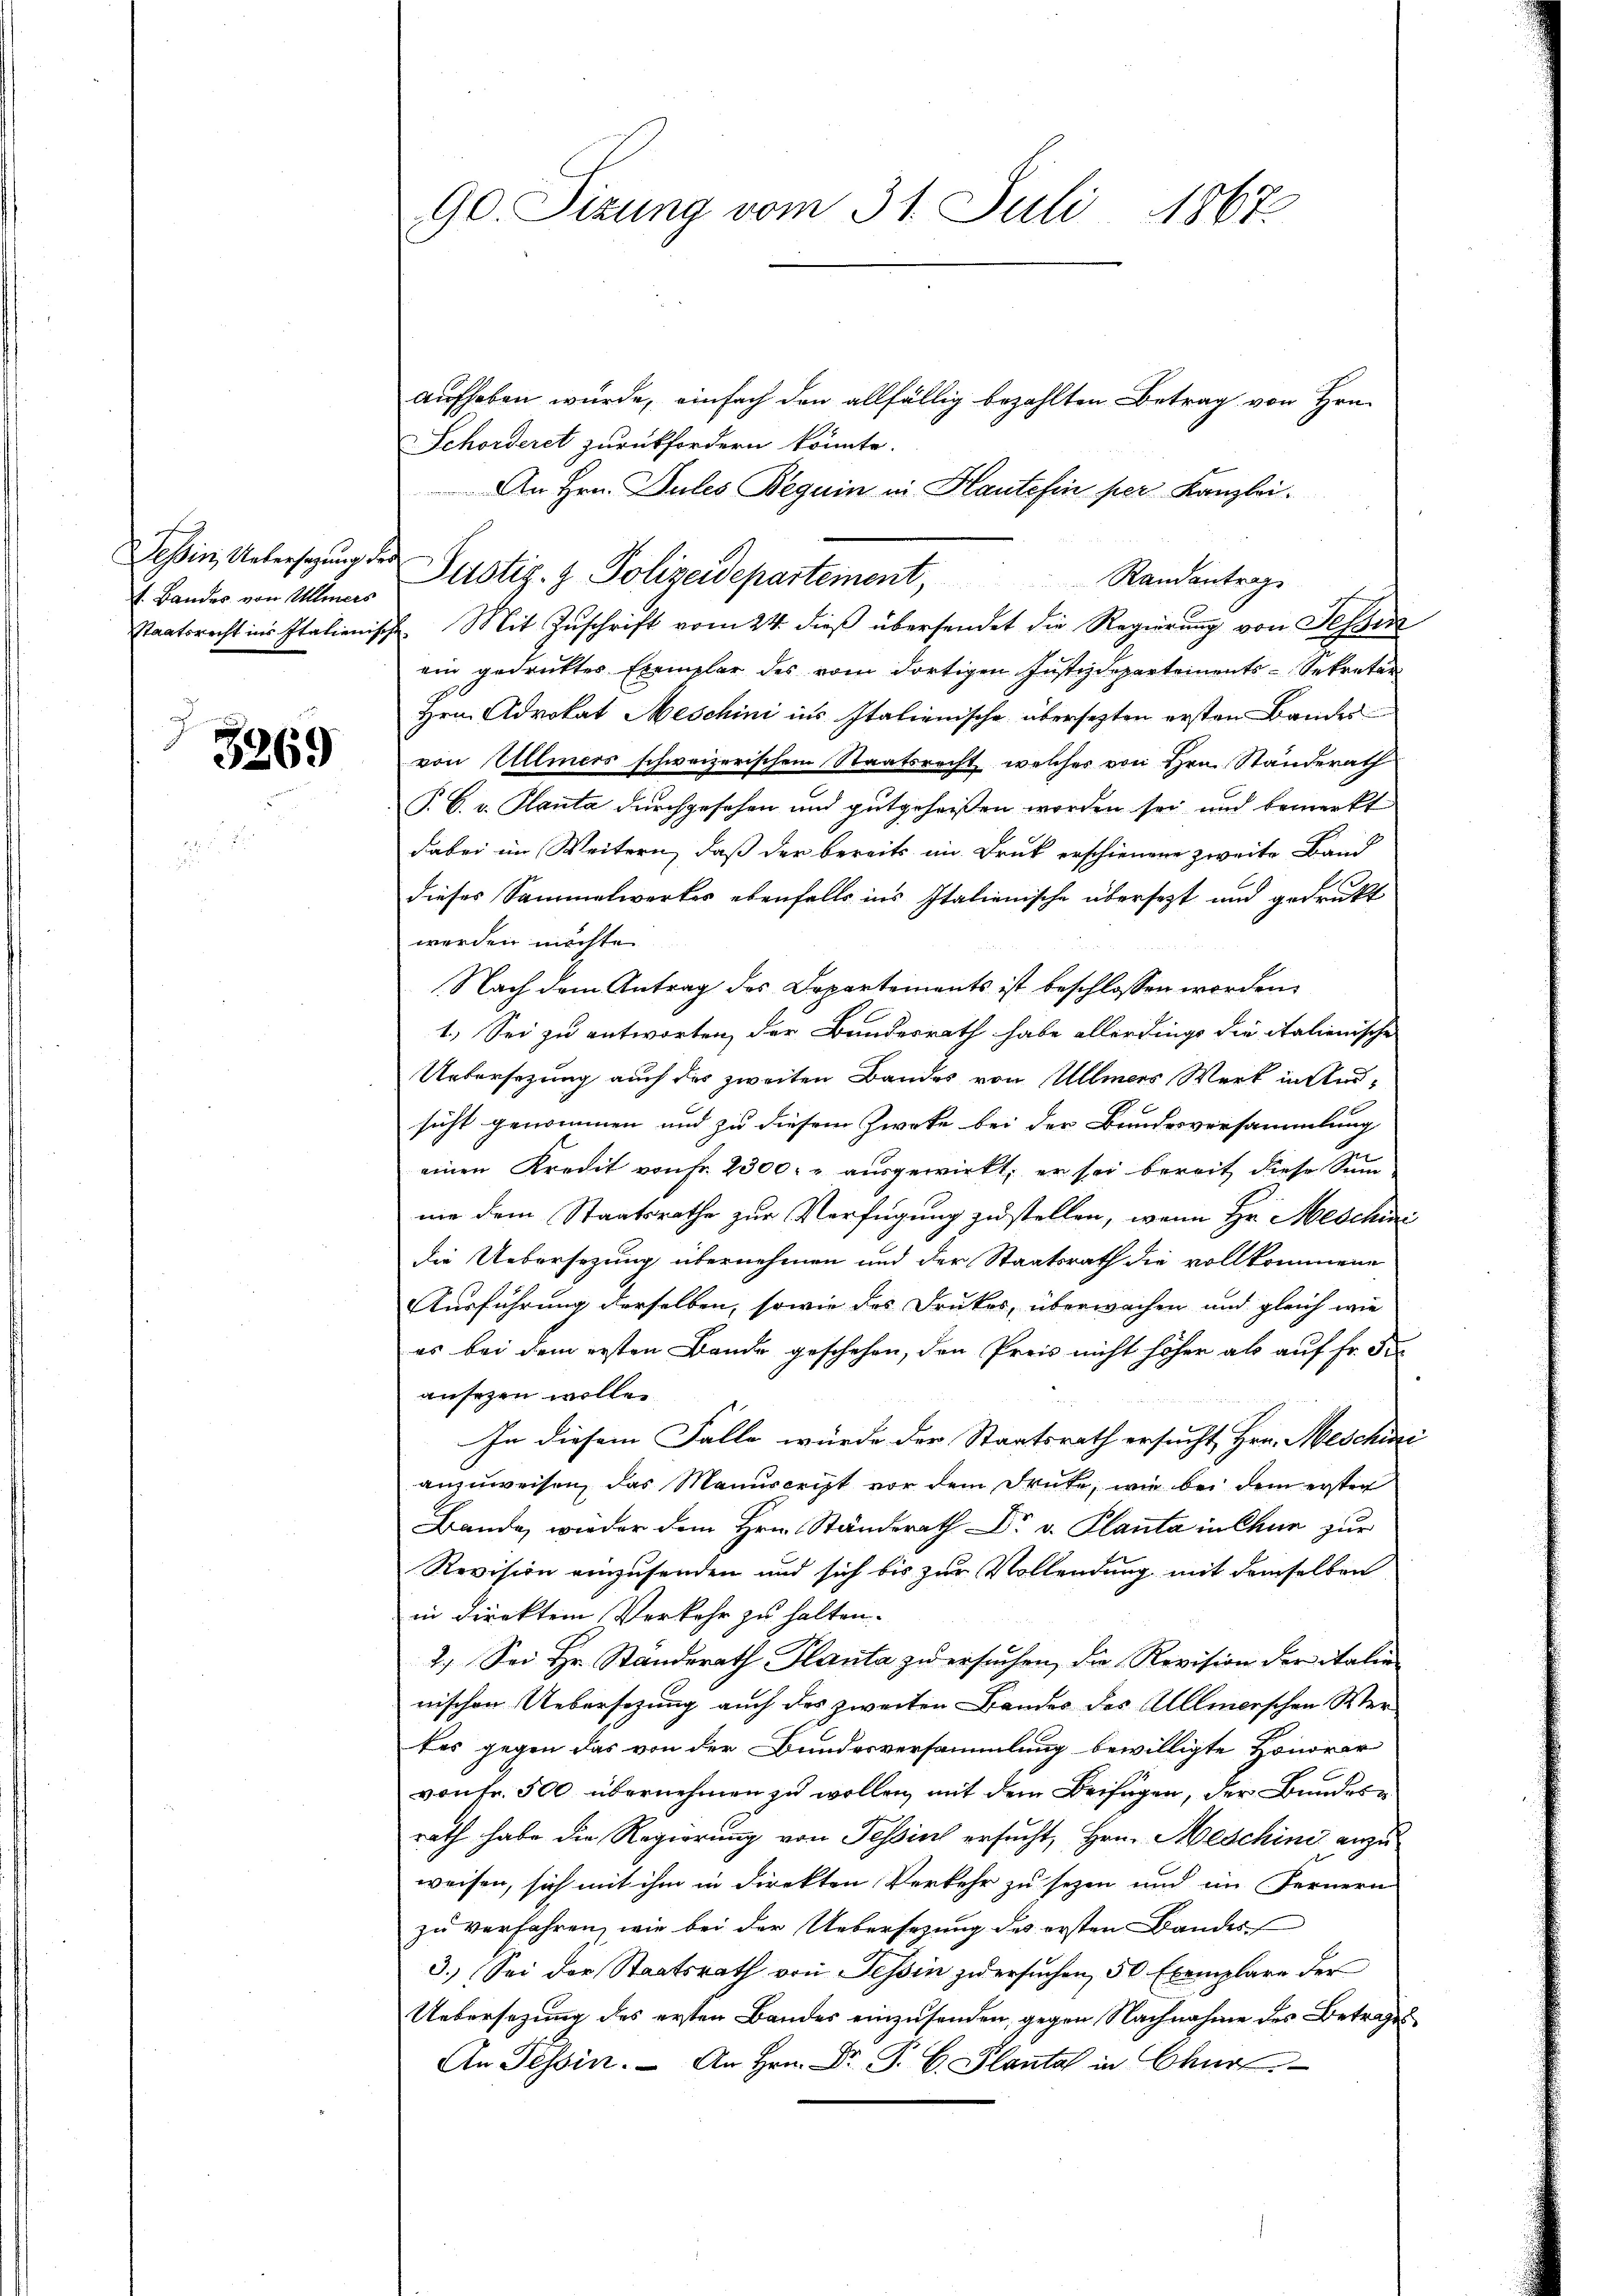
t. Bandes von Ullmeis

3269

90. Sizung vom 31. Juli 1867.

aufheben würde, einfach den allfällig bezahlten Betrag von Hrn.
Schorderet zurückfordern könnte.
An Hrn. Pules Beguin in Haute fin per Kanzlei.
Tessin, Untersagung der Justiz- & Polizeidepartement,
Randantrag
Staatsrecht in Italienische Mit Zuschrift vom 24. dieß übersendet die Regierung von Tessin
ein gedruckter Exemplar des vom dortigen Justizdepartements-Sekretär
Hrn. Advokat Meschini ins Italienische übersezten ersten Bander
von Ullmers schweizerischem Staatsrecht, welcher von Hrn. Standerath
P. C. v. Planta durchgesehen und gutgeheißen worden sei und bemerkt
dabei im Weitern, daß der bereits im Druk erschienene zweite Band
dieses Sammelwerkes ebenfalls ins Italienische übersezt und gedrukt
werden möchte.
Nach dem Antrag des Departements ist beschlossen worden.
1.) Sei zu antworten, der Bundesrath habe allerdings die italienische
Uebersezung auch das zweiten Bandes von Ullmers Wert in Ansicht genommen und zu diesem Zweke bei der Bundesversammlung
einen Kredit von Fr. 2300. u ausgewirkt, er sei bereit diese Sum
nie dem Staatsrathe zur Verfügung zu stellen, wenn Hr. Meschin
die Uebersezung übernehmen und der Staatsrath die vollkommene
Ausführung derselben, sowie das Drukes, überwachen und gleich wie
es bei dem ersten Bande geschehen, den Preis nicht höher als auf fr. Fr
ansehen wollen.
In diesem Falle würde der Staatsrath ersucht, Hrn. Meschini
anzuweisen, das Manuscript vor dem Drute, wie bei dem erster
Bande, wieder dem Hrn. Ständerath Dr v. Planta in Chur zur
Revision einzusenden und sich bis zur Vollendung mit demselben
in direktem Verkehr zu halten.
2.) Sei Hr. Standerath Hauta zu ersuchen, die Revision der italie
nischen Uebersezung auch des zweiten Bandes des Allmerschen Wertes gegen das von der Bundesversammlung bewilligte Honorar
vonFr. 500 übernehmen zu wollen, mit dem Beifügen, der Bundesrath habe die Regierung von Tessin ersucht, Hrn. Meschini anzu
weisen, sich mit ihm in direkten Verkehr zu sezen und im Fernern
zu verfahren, wie bei der Uebersezung des ersten Bandes-
3.) Sei der Staatsrath von Tessin zu ersuchen, 50 Exemplare der
Uebersezung des ersten Bandes einzusenden, gegen Nachnahme des Betrages
An Tessin. An Hrn. Dr. Planta in Chur